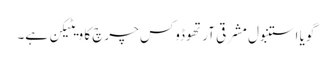
گویا استنبول مشرقی آرتھوڈوکس چرچ کا ویٹیکن ہے۔